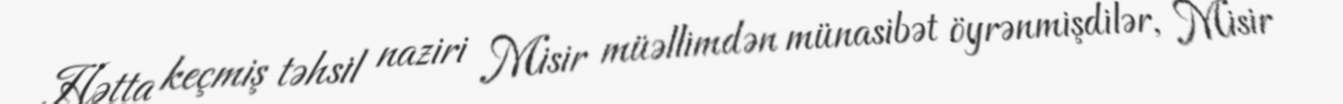
Hətta keçmiş təhsil naziri Misir müəllimdən münasibət öyrənmişdilər, Misir